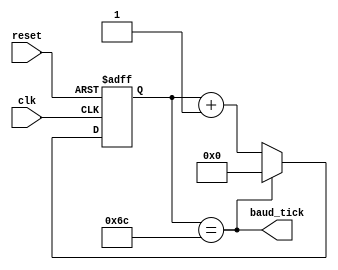
module uart_baud_tick(
    input clk,
    input reset,
    output baud_tick
);

// We are oversampling with a counter to 16.
// Target baud rate is 9600. 16*9600 = 153600
// 16_500_000 Hz / 153600 ~= 108
localparam [7:0] counter_thres = 8'd108;

reg [7:0] baud_counter;

always @(posedge clk or negedge reset) begin
    if(!reset) begin
        baud_counter <= 8'h0; 
    end
    else begin
        if(baud_counter == counter_thres) begin
            baud_counter <= 8'h0;
        end
        else begin
            baud_counter <= baud_counter + 8'h1;
        end
    end
end

assign baud_tick = (baud_counter == counter_thres);


endmodule